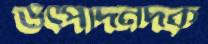
উত্পাদনদক্